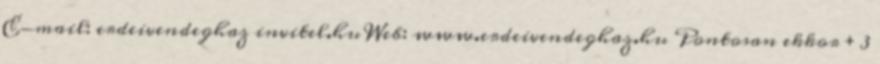
E-mail: erdeivendeghaz invitel.hu Web: www.erdeivendeghaz.hu Pontosan ekkor ± 3